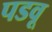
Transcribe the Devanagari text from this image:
पडवू